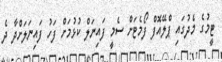
ޓީމުގެ މެދުގައި ޕްލޭއޮފް ފޯމެޓަށް ސެމީ ފައިނަލް ކުޅުމަށް ފަހު ފައިނަލަށްދާ ދެ